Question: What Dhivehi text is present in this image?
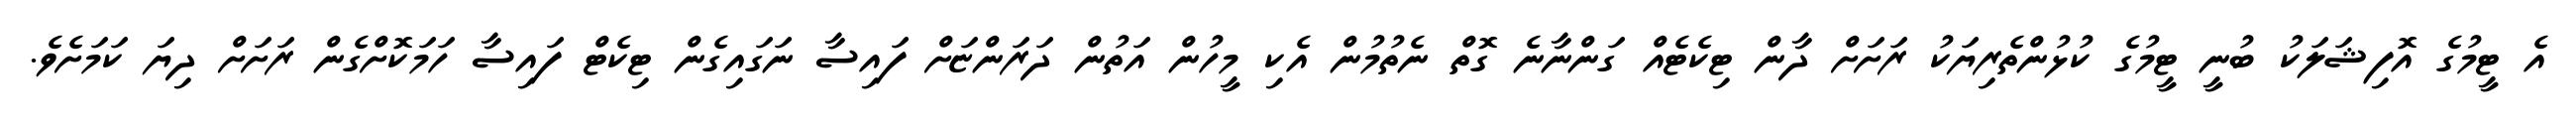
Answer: އެ ޓީމުގެ އޮފިޝަލަކު ބުނީ ޓީމުގެ ކުޅުންތެރިޔަކު ރަށަށް ދާން ޓިކެޓެއް ގަންނާނެ ގޮތް ނެތުމުން އެކި މީހުން އަތުން ދަރަންޏަށް ފައިސާ ނަގައިގެން ޓިކެޓް ފައިސާ ހަމަކޮށްގެން ރަށަށް ދިޔަ ކަމަށެވެ.